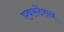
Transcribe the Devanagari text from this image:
एवस्टेंशन